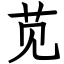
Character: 苋